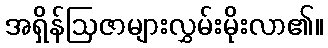
အရှိန်ဩဇာများလွှမ်းမိုးလာ၏။